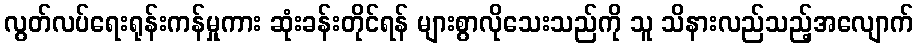
လွတ်လပ်ရေးရုန်းကန်မှုကား ဆုံးခန်းတိုင်ရန် များစွာလိုသေးသည်ကို သူ သိနားလည်သည့်အလျောက်